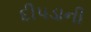
દીપડાની